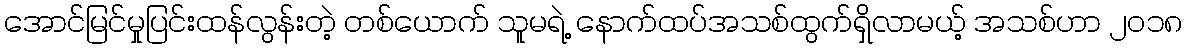
အောင်မြင်မှုပြင်းထန်လွန်းတဲ့ တစ်ယောက် သူမရဲ့ နောက်ထပ်အသစ်ထွက်ရှိလာမယ့် အသစ်ဟာ ၂၀၁၈